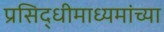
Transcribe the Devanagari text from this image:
प्रसिद्धीमाध्यमांच्या